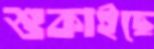
শুকাইছে